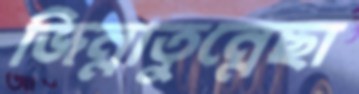
জিন্নাতুন্নেছা